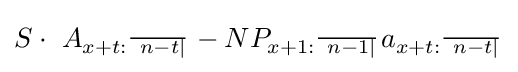
S\cdot ~A_{x+t:{\begin{smallmatrix}\hline ~n-t|\end{smallmatrix}}}-NP_{x+1:{\begin{smallmatrix}\hline ~n-1|\end{smallmatrix}}}a_{x+t:{\begin{smallmatrix}\hline ~n-t|\end{smallmatrix}}}